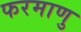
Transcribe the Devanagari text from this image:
फरमाणु